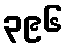
၃၉၆